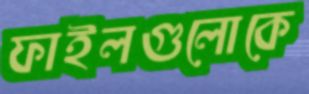
ফাইলগুলোকে